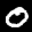
Label: 0